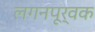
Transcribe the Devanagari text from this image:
लगनपूर्वक